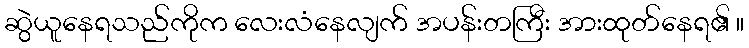
ဆွဲယူနေရသည်ကိုက လေးလံနေလျက် အပန်းတကြီး အားထုတ်နေရ၏ ။